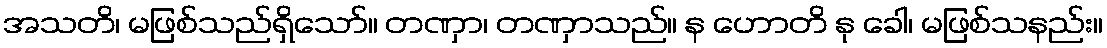
အသတိ၊ မဖြစ်သည်ရှိသော်။ တဏှာ၊ တဏှာသည်။ န ဟောတိ နု ခေါ၊ မဖြစ်သနည်း။